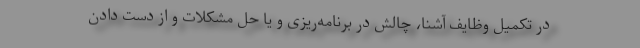
در تکمیل وظایف آشنا، چالش در برنامه‌ریزی و یا حل مشکلات و از دست دادن